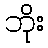
ဘိုး